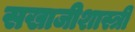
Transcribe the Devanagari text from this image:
सखाजीशास्त्री